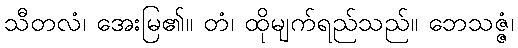
သီတလံ၊ အေးမြ၏။ တံ၊ ထိုမျက်ရည်သည်။ ဘေသဇ္ဇံ၊